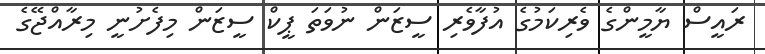
ރައީސް ޔާމީންގެ ވެރިކަމުގެ އުފާވެރި ސީޒަން ނުވަތަ ޕީކް ސީޒަން މިފެށުނީ މިރާއްޖޭގެ